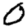
Digit: 0